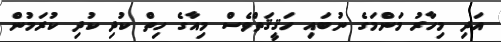
އަދި މިހާރު މަންމަގެ ނުބައި ހަޤީޤަތްވެސް މިއާގެ ހިތް ކުދި ކުދި ކުރަމުން